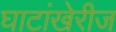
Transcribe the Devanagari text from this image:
घाटांखेरीज